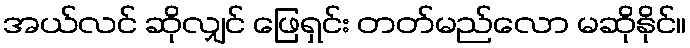
အယ်လင် ဆိုလျှင် ဖြေရှင်း တတ်မည်လော မဆိုနိုင်။